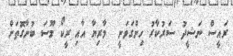
ރައީސް ނަޝީދު ސަރުކާރު ހިންގަވަނީ  މާރިޔާ އާއި ރީކޯ މޫސަ ބުނާގޮތަށް